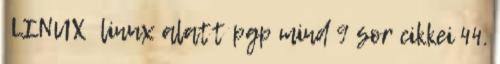
LINUX linux alatt pgp mind 9 sor cikkei 44.